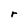
Character: r